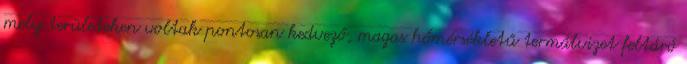
mely területeken voltak pontosan kedvező, magas hőmérsékletű termálvizet feltáró